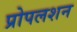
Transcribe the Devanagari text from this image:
प्रोपलशन